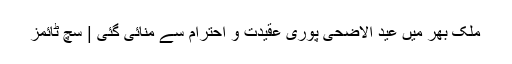
ملک بھر میں عید الاضحی پوری عقیدت و احترام سے منائی گئی | سچ ٹائمز